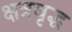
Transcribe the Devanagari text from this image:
क्षत्रवृद्ध